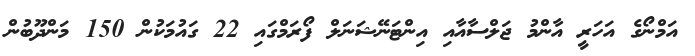
އަމްނޯގެ އަހަރީ އާންމު ޖަލްސާއާއި އިންޓަނޭޝަނަލް ފޯރަމްގައި 22 ގައުމަކުން 150 މަންދޫބުން